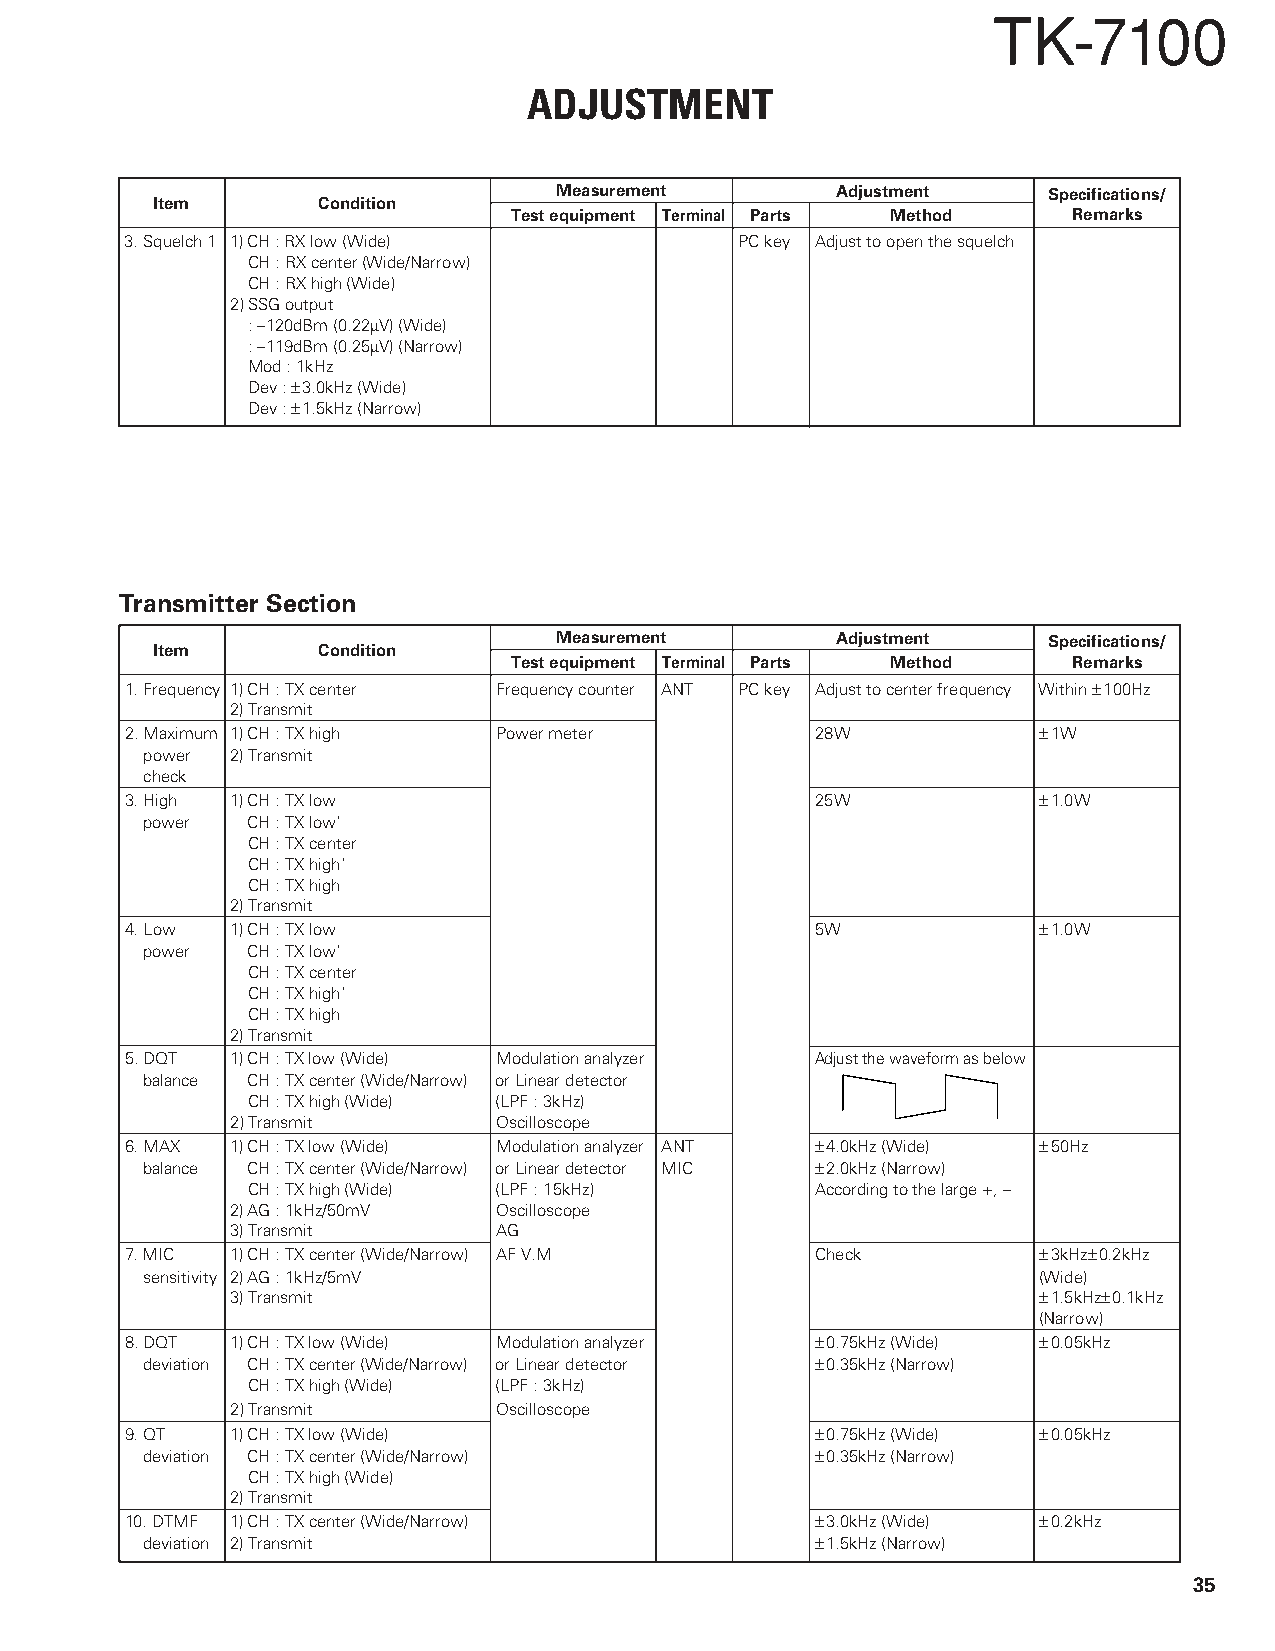
TK-7100
 ADJUSTMENT
 Measurement       Adjustment    Specifications/
 Item       Condition
 Test equipment Terminal Parts Method Remarks
 3.Squelch 1 1)CH : RX low (Wide)         PC key Adjust to open the squelch
 CH : RX center (Wide/Narrow)
 CH : RX high (Wide)
 2)SSG output
 : –120dBm (0.22µV) (Wide)
 : –119dBm (0.25µV) (Narrow)
 Mod : 1kHz
 Dev : ±3.0kHz (Wide)
 Dev : ±1.5kHz (Narrow)
 Transmitter Section
 Measurement       Adjustment    Specifications/
 Item       Condition
 Test equipment Terminal Parts Method Remarks
 1.Frequency 1)CH : TX center Frequency counter ANT PC key Adjust to center frequency Within ±100Hz
 2)Transmit
 2.Maximum 1)CH : TX high Power meter          28W            ±1W
 power 2)Transmit
 check
 3.High 1)CH : TX low                          25W            ±1.0W
 power  CH : TX low’
 CH : TX center
 CH : TX high’
 CH : TX high
 2)Transmit
 4.Low  1)CH : TX low                          5W             ±1.0W
 power  CH : TX low’
 CH : TX center
 CH : TX high’
 CH : TX high
 2)Transmit
 5.DQT  1)CH : TX low (Wide) Modulation analyzer Adjust the waveform as below
 balance CH : TX center (Wide/Narrow) or Linear detector
 CH : TX high (Wide) (LPF : 3kHz)
 2)Transmit        Oscilloscope
 6.MAX  1)CH : TX low (Wide) Modulation analyzer ANT ±4.0kHz (Wide) ±50Hz
 balance CH : TX center (Wide/Narrow) or Linear detector MIC ±2.0kHz (Narrow)
 CH : TX high (Wide) (LPF : 15kHz)     According to the large +, –
 2)AG : 1kHz/50mV  Oscilloscope
 3)Transmit        AG
 7.MIC  1)CH : TX center (Wide/Narrow) AF V.M  Check          ±3kHz±0.2kHz
 sensitivity 2)AG : 1kHz/5mV                                 (Wide)
 3)Transmit                                            ±1.5kHz±0.1kHz
 (Narrow)
 8.DQT  1)CH : TX low (Wide) Modulation analyzer ±0.75kHz (Wide) ±0.05kHz
 deviation CH : TX center (Wide/Narrow) or Linear detector ±0.35kHz (Narrow)
 CH : TX high (Wide) (LPF : 3kHz)
 2)Transmit        Oscilloscope
 9.QT   1)CH : TX low (Wide)                   ±0.75kHz (Wide) ±0.05kHz
 deviation CH : TX center (Wide/Narrow)       ±0.35kHz (Narrow)
 CH : TX high (Wide)
 2)Transmit
 10. DTMF 1)CH : TX center (Wide/Narrow)       ±3.0kHz (Wide) ±0.2kHz
 deviation 2)Transmit                         ±1.5kHz (Narrow)
 35